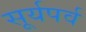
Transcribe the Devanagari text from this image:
सूर्यपर्व